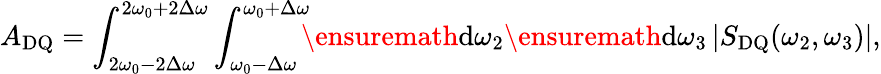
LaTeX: A_{\mathrm{DQ}}=\int_{2\omega_{0}-2\Delta\omega}^{2\omega_{0}+2\Delta\omega}\int_{\omega_{0}-\Delta\omega}^{\omega_{0}+\Delta\omega}\! \! \! \ensuremath{\mathrm{d}}\omega_{2}\ensuremath{\mathrm{d}}\omega_{3}\left|S_{\mathrm{DQ}}(\omega_{2},\omega_{3})\right|,